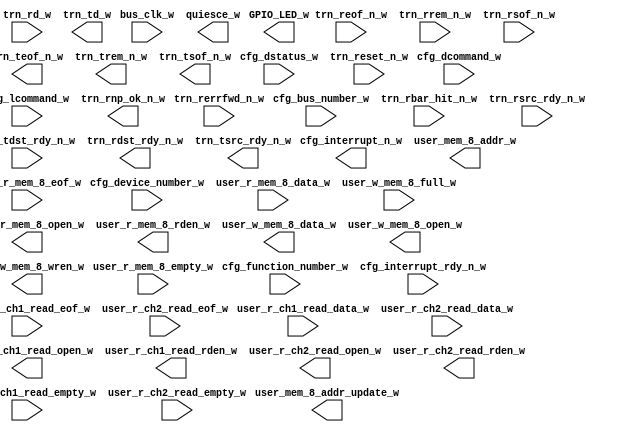
module xillybus_core
  (
  input  bus_clk_w,
  input [7:0] cfg_bus_number_w,
  input [15:0] cfg_dcommand_w,
  input [4:0] cfg_device_number_w,
  input [15:0] cfg_dstatus_w,
  input [2:0] cfg_function_number_w,
  input  cfg_interrupt_rdy_n_w,
  input [15:0] cfg_lcommand_w,
  input [6:0] trn_rbar_hit_n_w,
  input [63:0] trn_rd_w,
  input  trn_reof_n_w,
  input  trn_rerrfwd_n_w,
  input  trn_reset_n_w,
  input [7:0] trn_rrem_n_w,
  input  trn_rsof_n_w,
  input  trn_rsrc_rdy_n_w,
  input  trn_tdst_rdy_n_w,
  input [31:0] user_r_ch1_read_data_w,
  input  user_r_ch1_read_empty_w,
  input  user_r_ch1_read_eof_w,
  input [31:0] user_r_ch2_read_data_w,
  input  user_r_ch2_read_empty_w,
  input  user_r_ch2_read_eof_w,
  input [31:0] user_r_mem_8_data_w,
  input  user_r_mem_8_empty_w,
  input  user_r_mem_8_eof_w,
  input  user_w_mem_8_full_w,
  output [3:0] GPIO_LED_w,
  output  cfg_interrupt_n_w,
  output  quiesce_w,
  output  trn_rdst_rdy_n_w,
  output  trn_rnp_ok_n_w,
  output [63:0] trn_td_w,
  output  trn_teof_n_w,
  output [7:0] trn_trem_n_w,
  output  trn_tsof_n_w,
  output  trn_tsrc_rdy_n_w,
  output  user_mem_8_addr_update_w,
  output [4:0] user_mem_8_addr_w,
  output  user_r_ch1_read_open_w,
  output  user_r_ch1_read_rden_w,
  output  user_r_ch2_read_open_w,
  output  user_r_ch2_read_rden_w,
  output  user_r_mem_8_open_w,
  output  user_r_mem_8_rden_w,
  output [31:0] user_w_mem_8_data_w,
  output  user_w_mem_8_open_w,
  output  user_w_mem_8_wren_w
);
endmodule